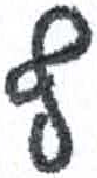
אות: ף